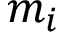
m _ { i }